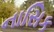
નાસિક